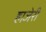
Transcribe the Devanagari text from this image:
हाजेरी